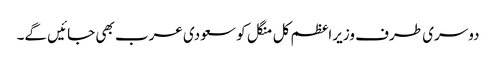
دوسری طرف وزیراعظم کل منگل کو سعودی عرب بھی جائیں گے۔